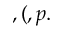
, ( , p .